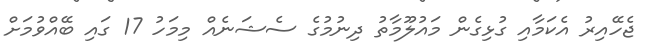
ޖެހޭއިރު އެކަމާއި ގުޅިގެން މައުލޫމާތު ދިނުމުގެ ސެޝަނެއް މިމަހު 17 ގައި ބޭއްވުމަށް